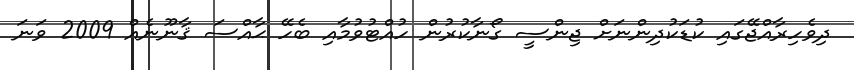
ދިވެހިރާއްޖޭގައި ކުޑަކުދިންނަށް ޖިންސީ ގޯނާކުރުން ހުއްޓުވުމާއި ބެހޭ ޙާއްސަ ޤާނޫނެއް 2009 ވަނަ